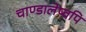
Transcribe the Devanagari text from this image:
चाण्डालेष्वपि